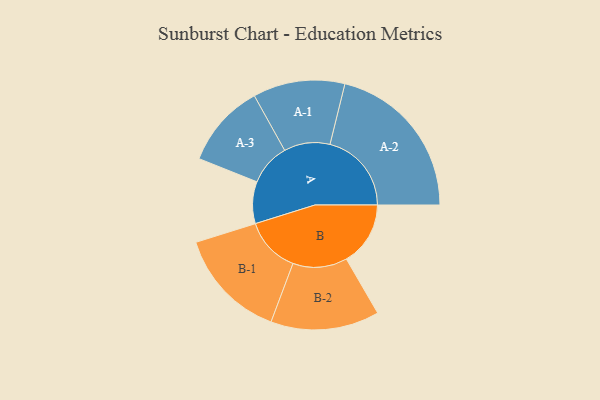
{"axis": {"x": "Segment", "y": "Value"}, "legend": ["", "A", "B"], "data": [{"x": "A", "y": 125, "type": ""}, {"x": "B", "y": 191, "type": ""}, {"x": "A-1", "y": 137, "type": "A"}, {"x": "A-2", "y": 243, "type": "A"}, {"x": "A-3", "y": 125, "type": "A"}, {"x": "B-1", "y": 166, "type": "B"}, {"x": "B-2", "y": 162, "type": "B"}]}